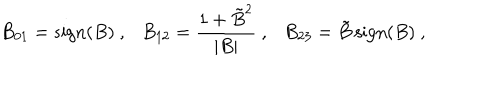
LaTeX: B _ { 0 1 } = \mathrm { s i g n } ( B ) \ , \ \ \ B _ { 1 2 } = { \frac { 1 + { \tilde { B } } ^ { 2 } } { | B | } } \ , \ \ \ B _ { 2 3 } = \tilde { B } \, \mathrm { s i g n } ( B ) \ ,